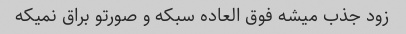
زود جذب میشه فوق العاده سبکه و صورتو براق نمیکه